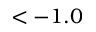
< - 1 . 0